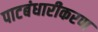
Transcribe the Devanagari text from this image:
पाटबंधारीकरण